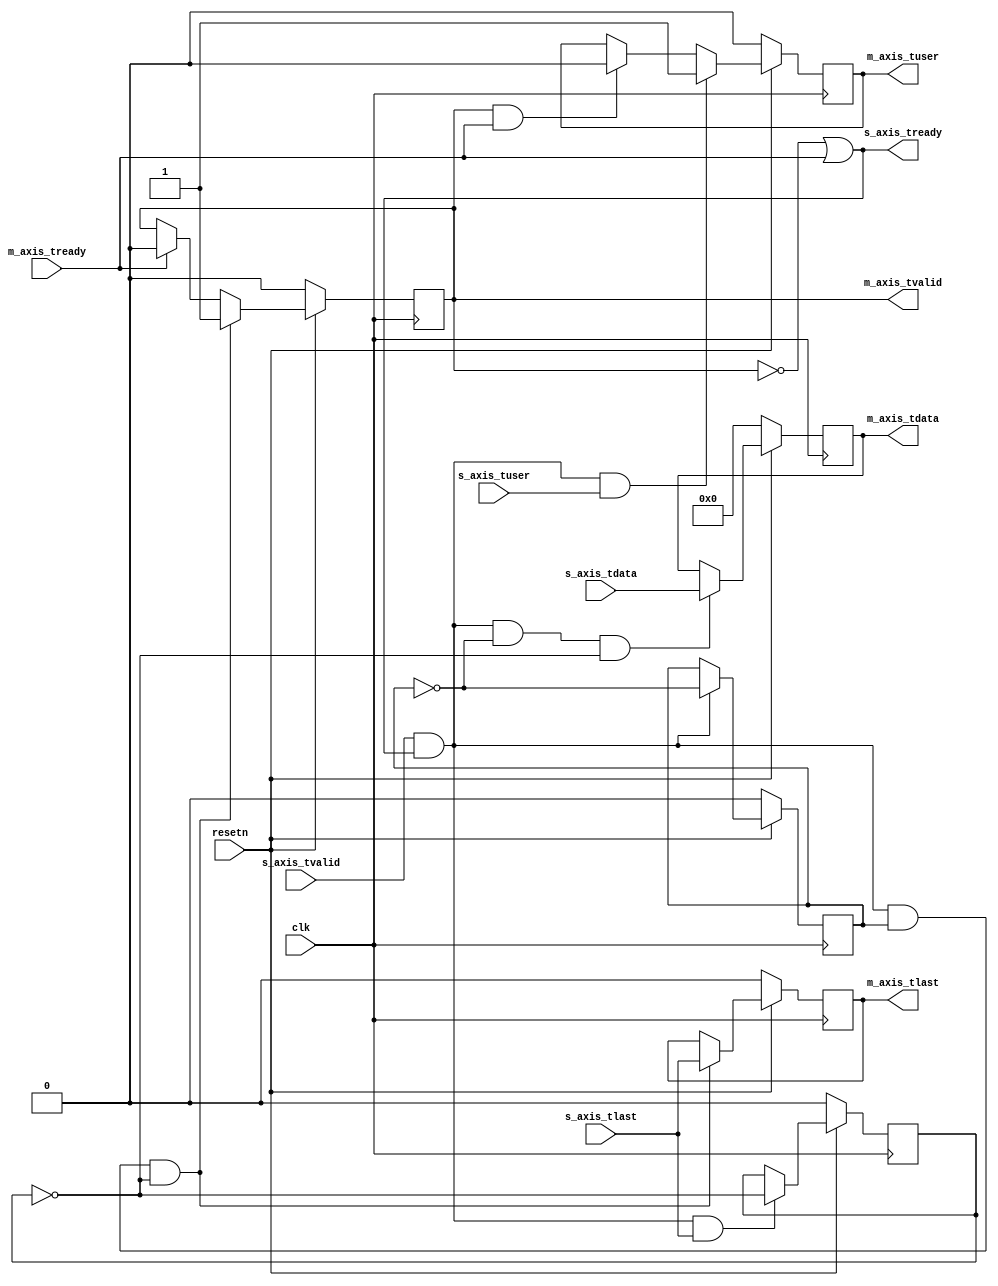
module axis_bayer_extractor #
(
	parameter integer C_PIXEL_WIDTH = 8,
	parameter integer C_BYPASS = 0,
	parameter integer C_COL_ODD = 0,
	parameter integer C_ROW_ODD = 0

) (
	input  wire clk,
	input  wire resetn,

	input  wire s_axis_tvalid,
	input  wire [C_PIXEL_WIDTH-1:0] s_axis_tdata,
	input  wire s_axis_tuser,
	input  wire s_axis_tlast,
	output wire  s_axis_tready,

	output wire m_axis_tvalid,
	output wire [C_PIXEL_WIDTH-1:0] m_axis_tdata,
	output wire m_axis_tuser,
	output wire m_axis_tlast,
	input  wire m_axis_tready
);
generate
if (C_BYPASS == 1) begin: direct_connect
	assign m_axis_tvalid = s_axis_tvalid;
	assign m_axis_tdata[C_PIXEL_WIDTH-1:0] = s_axis_tdata[C_PIXEL_WIDTH-1:0];
	assign m_axis_tuser = s_axis_tuser;
	assign m_axis_tlast = s_axis_tlast;
	assign s_axis_tready = m_axis_tready;
end
else begin: extract_quater
	reg  r_m_axis_tvalid;
	assign m_axis_tvalid = r_m_axis_tvalid;
	reg  [C_PIXEL_WIDTH-1:0] r_m_axis_tdata;
	assign m_axis_tdata[C_PIXEL_WIDTH-1:0] = r_m_axis_tdata;
	reg  r_m_axis_tuser;
	assign m_axis_tuser = r_m_axis_tuser;
	reg  r_m_axis_tlast;
	assign m_axis_tlast = r_m_axis_tlast;

	wire snext;
	assign snext = s_axis_tvalid && s_axis_tready;
	wire mnext;
	assign mnext = m_axis_tvalid && m_axis_tready;

	reg sline_lsb;
	reg spixel_lsb;
	always @ (posedge clk) begin
		if (resetn == 1'b0)
			sline_lsb <= 0;
		else if (snext && s_axis_tlast)
			sline_lsb <= ~sline_lsb;
	end
	always @ (posedge clk) begin
		if (resetn == 1'b0)
			spixel_lsb <= 0;
		else if (snext)
			spixel_lsb <= ~spixel_lsb;
	end

	always @ (posedge clk) begin
		if (resetn == 1'b0)
			r_m_axis_tdata <= 0;
		else if (snext
			&& (spixel_lsb == C_COL_ODD)
			&& (sline_lsb == C_ROW_ODD))
			r_m_axis_tdata <= s_axis_tdata;
	end
	always @ (posedge clk) begin
		if (resetn == 1'b0)
			r_m_axis_tvalid <= 0;
		else if (snext
			&& (spixel_lsb == 1)
			&& (sline_lsb == C_ROW_ODD))
			r_m_axis_tvalid <= 1;
		else if (m_axis_tready)
			r_m_axis_tvalid <= 0;
	end

	always @ (posedge clk) begin
		if (resetn == 1'b0)
			r_m_axis_tlast <= 0;
		else if (snext
			&& (spixel_lsb == 1)
			&& (sline_lsb == C_ROW_ODD))
			r_m_axis_tlast <= s_axis_tlast;
	end

	always @ (posedge clk) begin
		if (resetn == 1'b0)
			r_m_axis_tuser <= 0;
		else if (snext
			&& s_axis_tuser)
			r_m_axis_tuser <= 1;
		else if (mnext)
			r_m_axis_tuser <= 0;
	end
	assign s_axis_tready = (~m_axis_tvalid || m_axis_tready);
end
endgenerate
endmodule